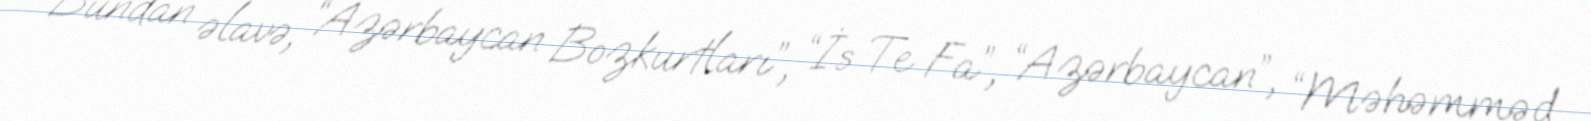
Bundan əlavə, “Azərbaycan Bozkurtları”, “İs Te Fa”, “Azərbaycan”, “Məhəmməd